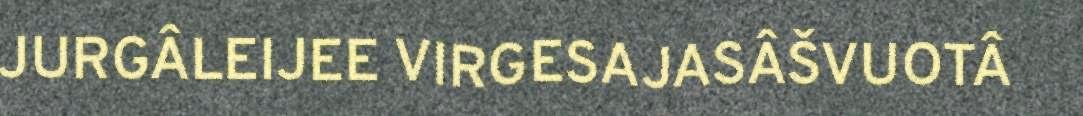
JURGÂLEIJEE VIRGESAJASÂŠVUOTÂ